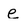
Character: e